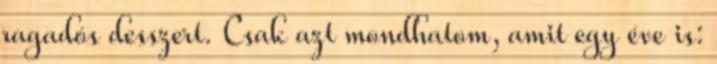
ragadós desszert. Csak azt mondhatom, amit egy éve is: